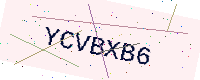
Text: YCVBXB6